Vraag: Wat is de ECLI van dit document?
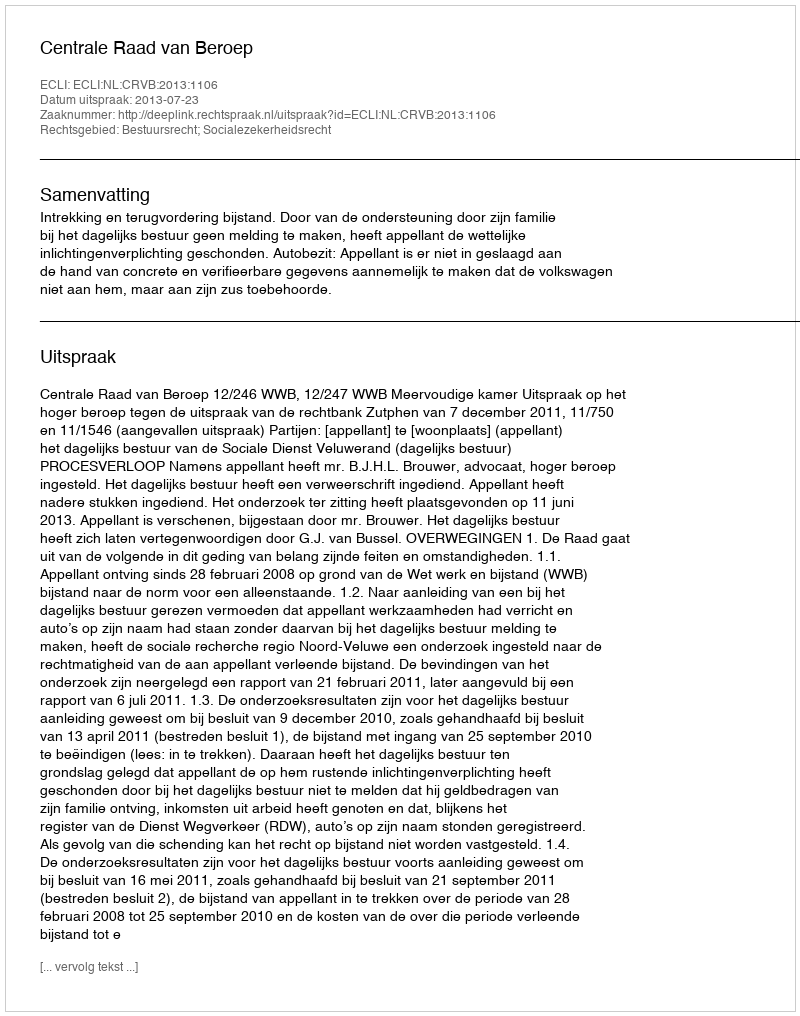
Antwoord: ECLI:NL:CRVB:2013:1106